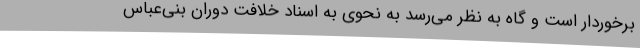
برخوردار است و گاه به نظر می‌رسد به نحوی به اسناد خلافت دوران بنی‌عباس